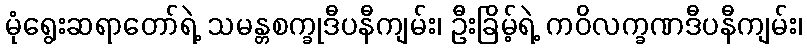
မုံရွေးဆရာတော်ရဲ့ သမန္တစက္ခုဒီပနီကျမ်း၊ ဦးခြိမ့်ရဲ့ ကဝိလက္ခဏဒီပနီကျမ်း၊